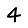
Digit: 4